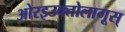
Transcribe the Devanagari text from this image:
ओरइउक्तोलागूस्